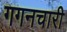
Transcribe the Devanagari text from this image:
गगनचारी